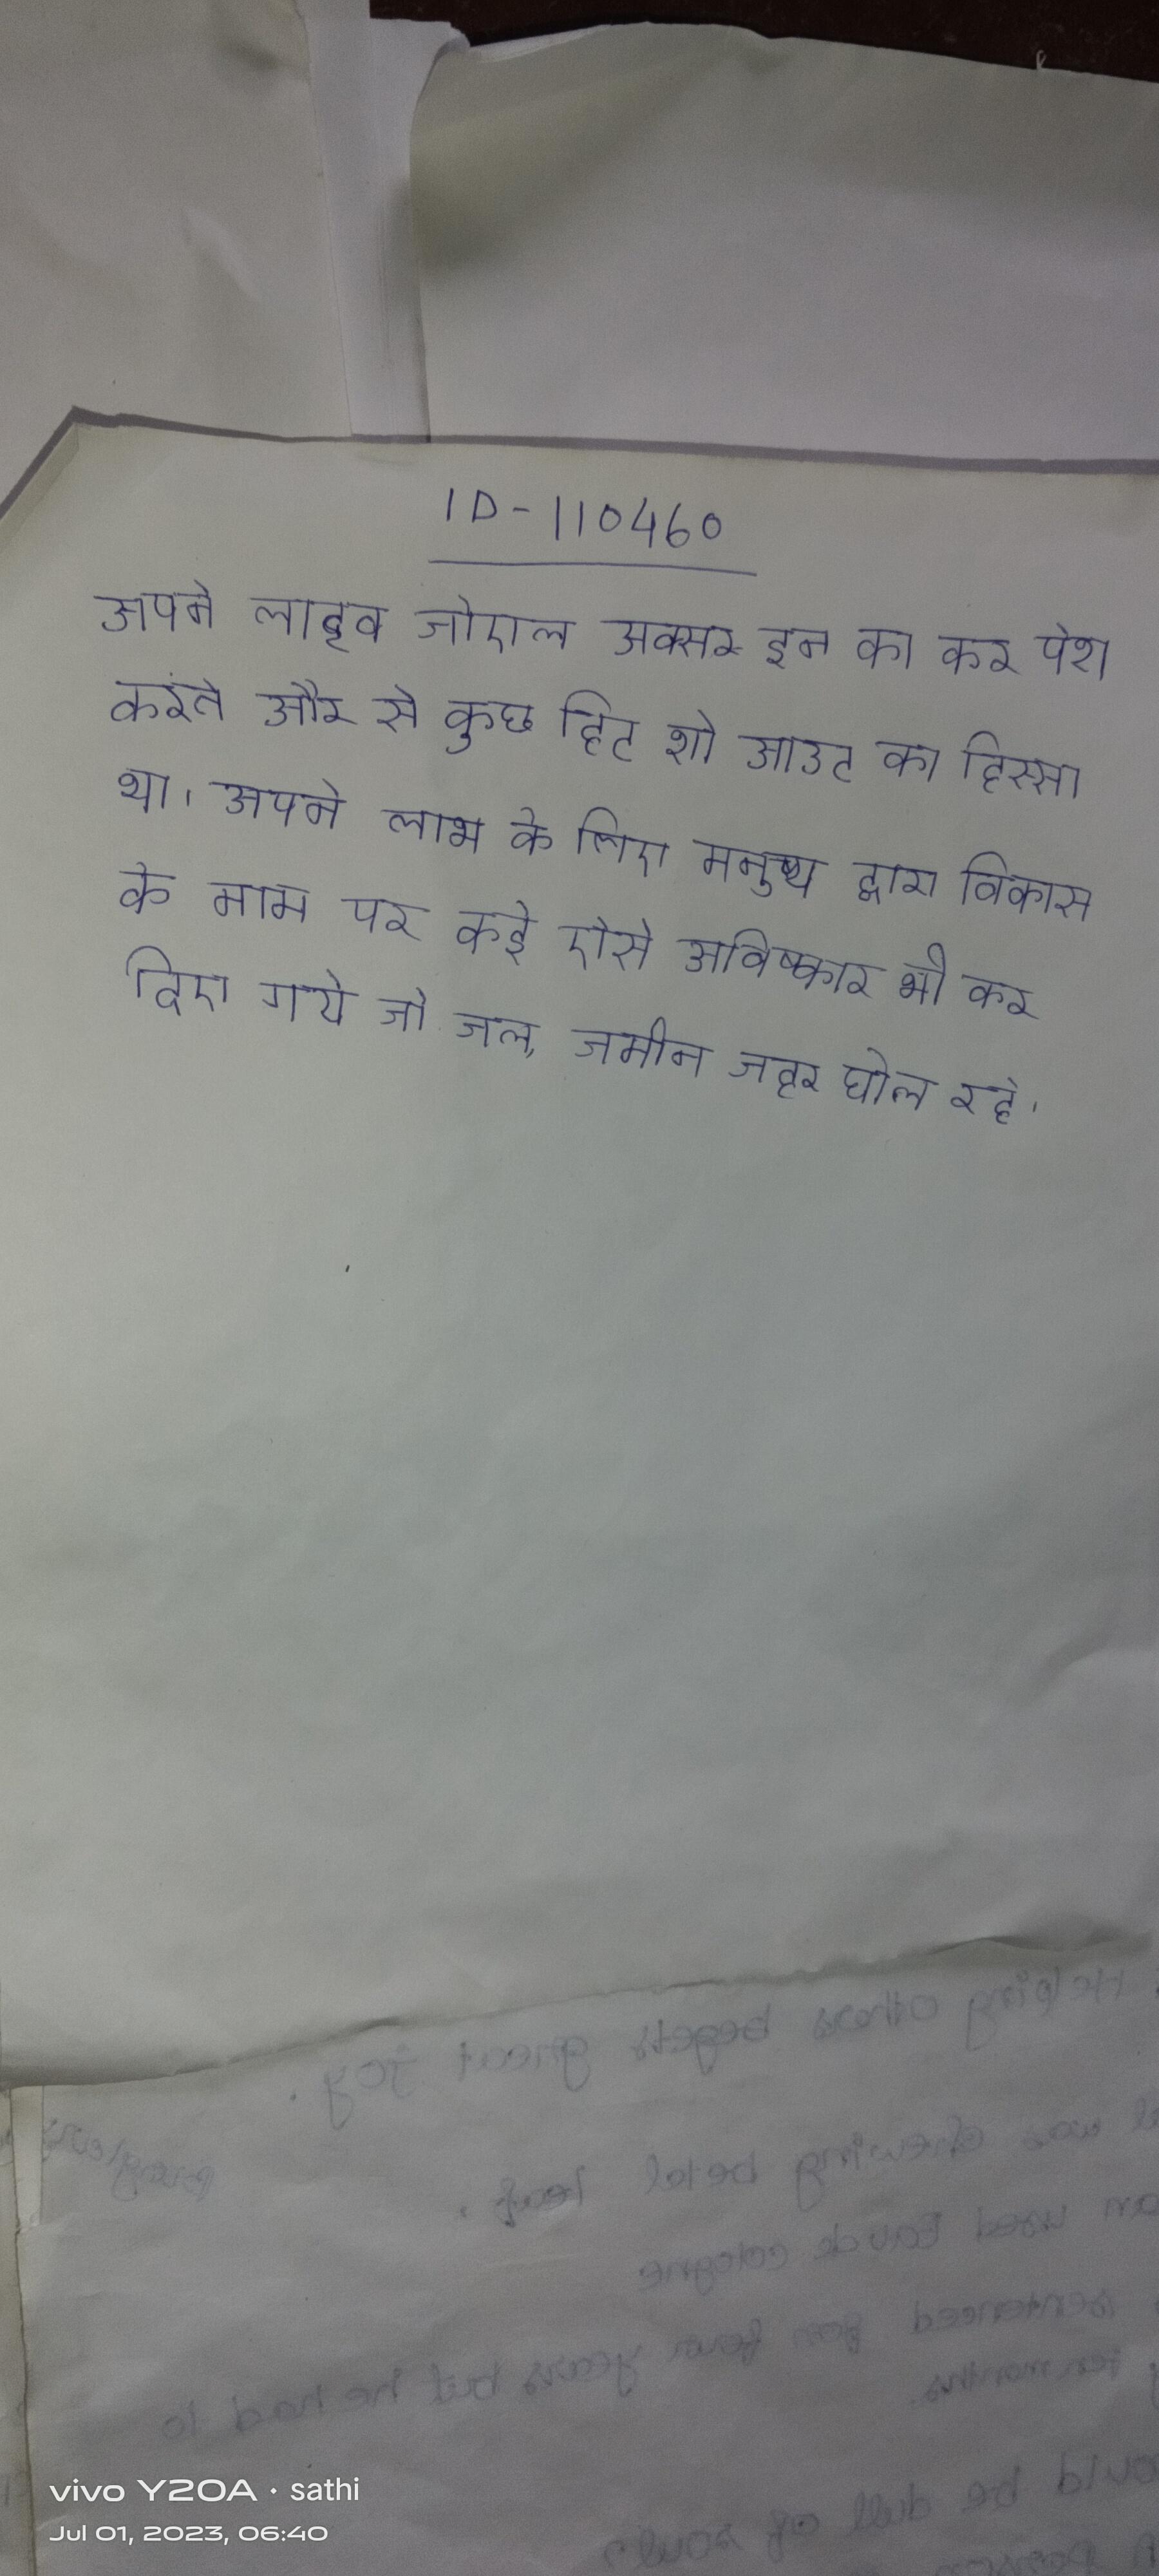
अपने लाइव जोएल अक्सर इन का कर पेश करते और से कुछ हिट शो आउट का हिस्सा था । अपने लाभ के लिए मनुष्य द्वारा विकास के नाम पर कई ऐसे अविष्कार भी कर दिए गये जो जल, जमीन जहर घोल रहे ।